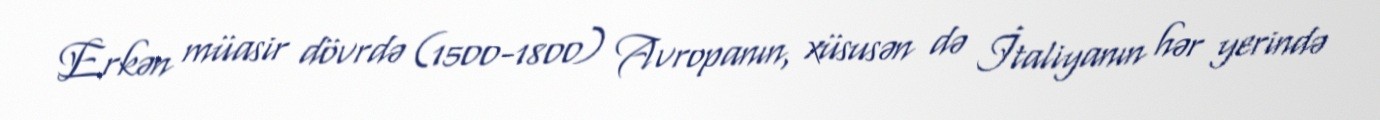
Erkən müasir dövrdə (1500-1800) Avropanın, xüsusən də İtaliyanın hər yerində